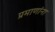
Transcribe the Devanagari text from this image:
प्रमाणांना